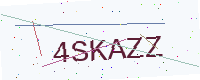
Text: 4SKAZZ